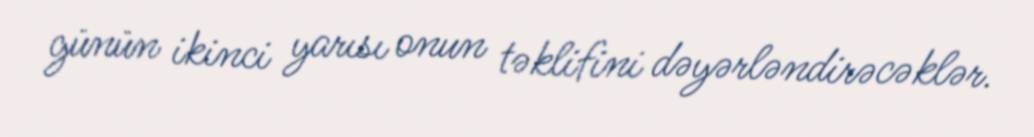
günün ikinci yarısı onun təklifini dəyərləndirəcəklər.